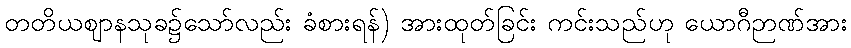
တတိယဈာနသုခ၌သော်လည်း ခံစားရန်) အားထုတ်ခြင်း ကင်းသည်ဟု ယောဂီဉာဏ်အား